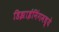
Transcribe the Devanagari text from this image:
डिझाईनिंगमध्ये